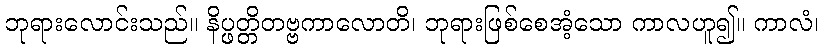
ဘုရားလောင်းသည်။ နိပ္ဖတ္တိတဗ္ဗကာလောတိ၊ ဘုရားဖြစ်စေအံ့သော ကာလဟူ၍။ ကာလံ၊